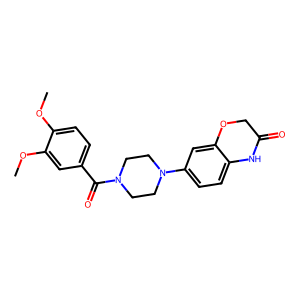
SMILES: COc1ccc(C(=O)N2CCN(c3ccc4c(c3)OCC(=O)N4)CC2)cc1OC
Inhibits HIV replication: No